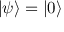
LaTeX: | \psi \rangle = | 0 \rangle